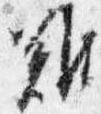
難